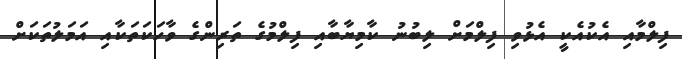
ފިލްމާއި އެކުއެކީ އެޅުވި ފިލްމަށް ލިބުނު ކާމިޔާބާއި ފިލްމުގެ ތަރިންގެ ވާހަކަތަކާއި އަމަލުތަކަށް